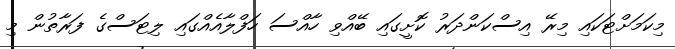
މިކަމަށްޓަކައި މިރޭ އިސްކަންދަރު ކޮށީގައި ބޭއްވި ހާއްސަ ހަފްލާއެއްގައި ލިޓަސްގެ ފަރާތުން މި